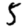
Digit: 5